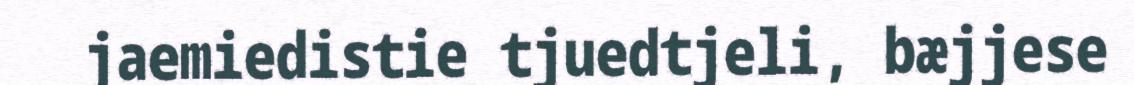
jaemiedistie tjuedtjeli, bæjjese